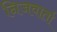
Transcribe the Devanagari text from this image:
निजवार्ता